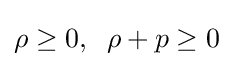
\rho \geq 0,\;\;\rho +p\geq 0